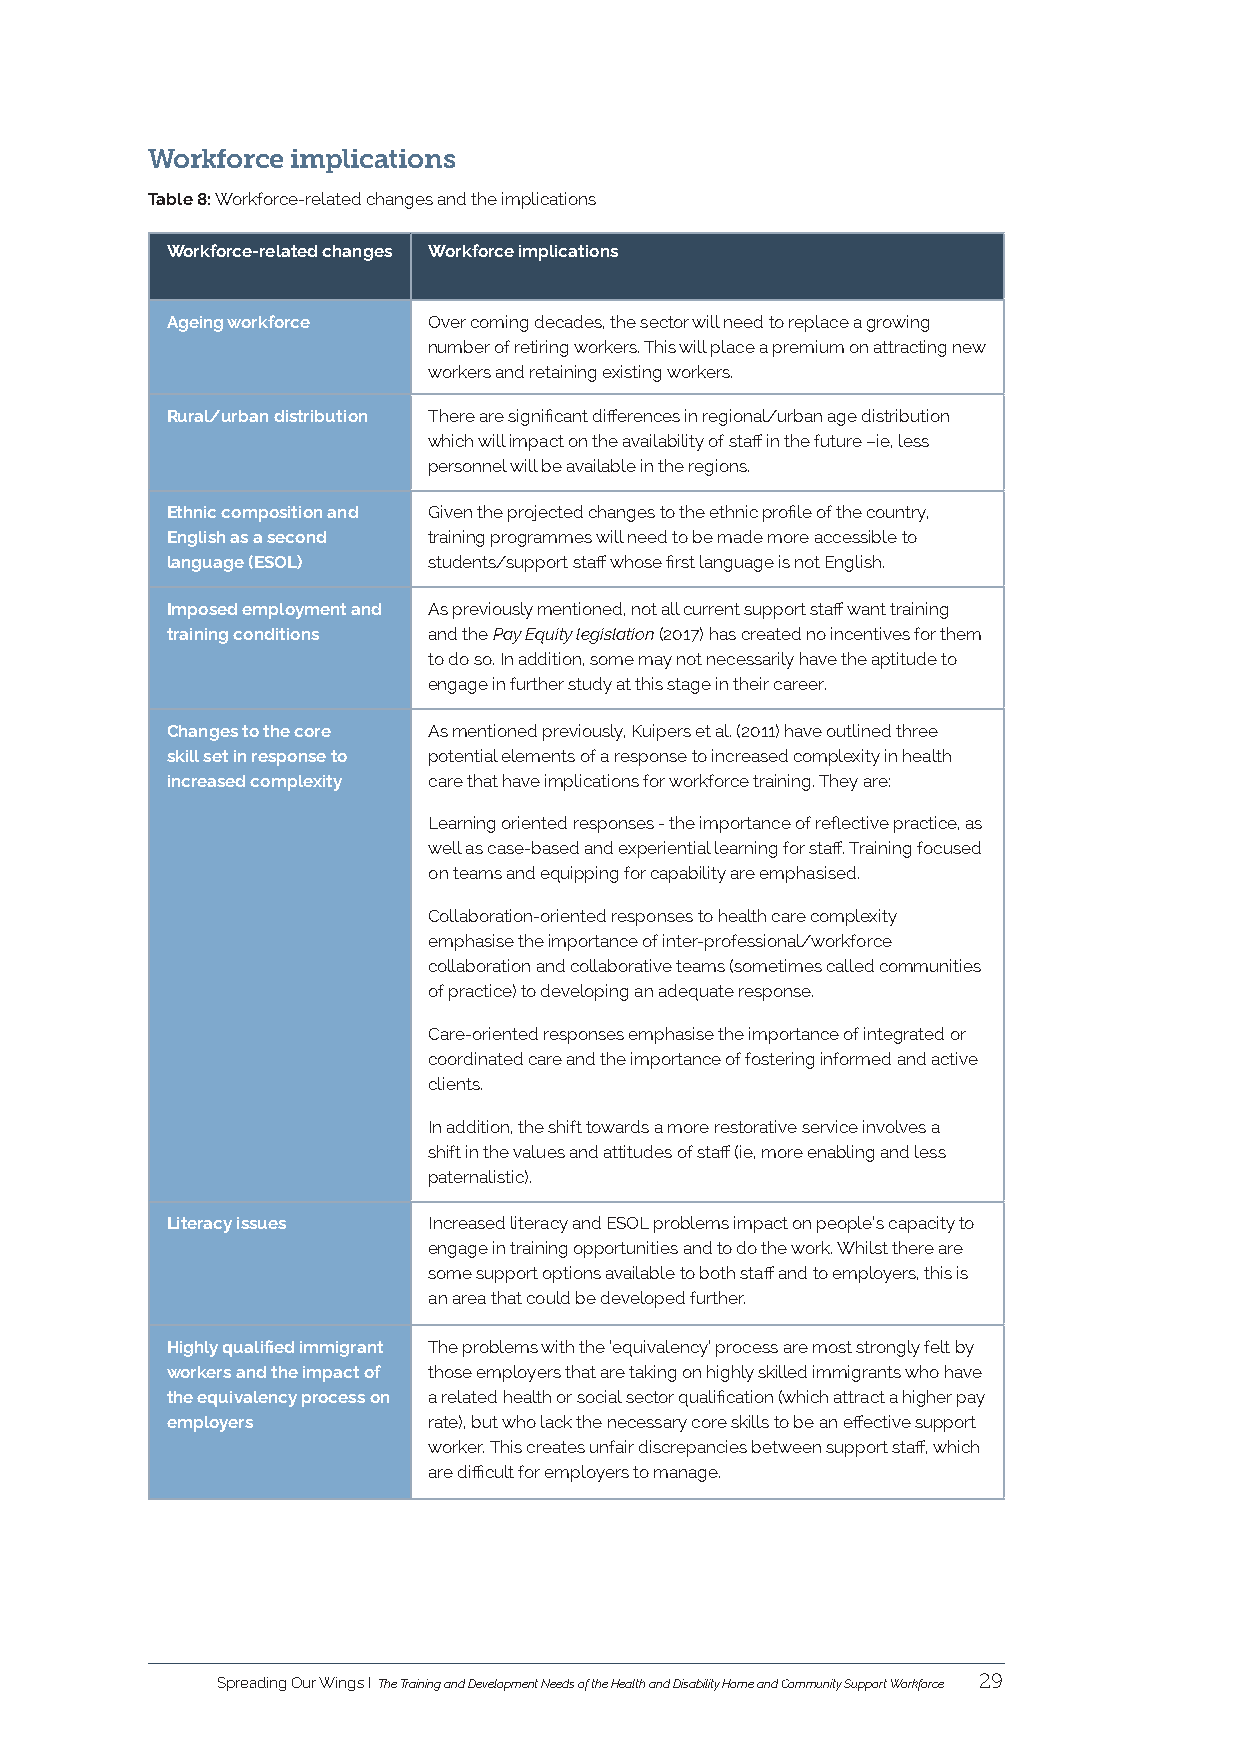
Workforce implications
 Table 8: Workforce-related changes and the implications
 Workforce-related changes Workforce implications
 Ageing workforce Over coming decades, the sector will need to replace a growing
 number of retiring workers. This will place a premium on attracting new
 workers and retaining existing workers.
 Rural/urban distribution There are significant differences in regional/urban age distribution
 which will impact on the availability of staff in the future –ie, less
 personnel will be available in the regions.
 Ethnic composition and Given the projected changes to the ethnic profile of the country,
 English as a second training programmes will need to be made more accessible to
 language (ESOL)  students/support staff whose first language is not English.
 Imposed employment and As previously mentioned, not all current support staff want training
 training conditions and the Pay Equity legislation (2017) has created no incentives for them
 to do so. In addition, some may not necessarily have the aptitude to
 engage in further study at this stage in their career.
 Changes to the core As mentioned previously, Kuipers et al. (2011) have outlined three
 skill set in response to potential elements of a response to increased complexity in health
 increased complexity care that have implications for workforce training. They are:
 Learning oriented responses - the importance of reflective practice, as
 well as case-based and experiential learning for staff. Training focused
 on teams and equipping for capability are emphasised.
 Collaboration-oriented responses to health care complexity
 emphasise the importance of inter-professional/workforce
 collaboration and collaborative teams (sometimes called communities
 of practice) to developing an adequate response.
 Care-oriented responses emphasise the importance of integrated or
 coordinated care and the importance of fostering informed and active
 clients.
 In addition, the shift towards a more restorative service involves a
 shift in the values and attitudes of staff (ie, more enabling and less
 paternalistic).
 Literacy issues  Increased literacy and ESOL problems impact on people’s capacity to
 engage in training opportunities and to do the work. Whilst there are
 some support options available to both staff and to employers, this is
 an area that could be developed further.
 Highly qualified immigrant The problems with the ‘equivalency’ process are most strongly felt by
 workers and the impact of those employers that are taking on highly skilled immigrants who have
 the equivalency process on a related health or social sector qualification (which attract a higher pay
 employers        rate), but who lack the necessary core skills to be an effective support
 worker. This creates unfair discrepancies between support staff, which
 are difficult for employers to manage.
 Spreading Our Wings I The Training and Development Needs of the Health and Disability Home and Community Support Workforce 29